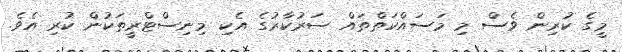
މީގެ ކުރިން ވެސް މި މަސައްކަތްތައް ސަރުކާރުގެ އެކި މިނިސްޓްރީތަކުން ކުރި އެވެ.